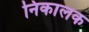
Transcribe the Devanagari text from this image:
निकालक